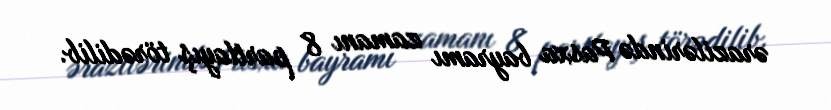
ərazilərində Pasxa bayramı zamanı 8 partlayış törədilib.